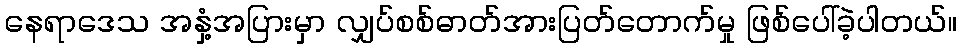
နေရာဒေသ အနှံ့အပြားမှာ လျှပ်စစ်ဓာတ်အားပြတ်တောက်မှု ဖြစ်ပေါ်ခဲ့ပါတယ်။